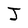
Character: J